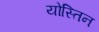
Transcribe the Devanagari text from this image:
योस्तिन